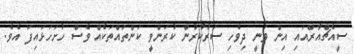
ސީއެޗްއާރްއައި އިން ވަނީ ދިވެހި ސަރުކާރުން ކުރަންވީ ކަންތައްތަކެއް ވެސް ހުށަހަޅައިފަ އެވެ.